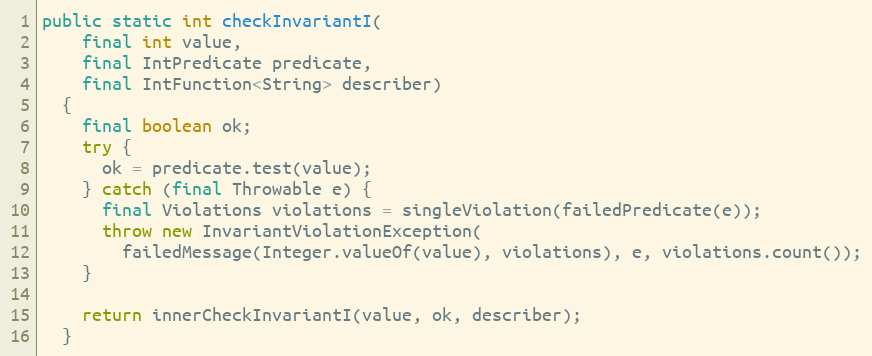
Language: Java
public static int checkInvariantI(
    final int value,
    final IntPredicate predicate,
    final IntFunction<String> describer)
  {
    final boolean ok;
    try {
      ok = predicate.test(value);
    } catch (final Throwable e) {
      final Violations violations = singleViolation(failedPredicate(e));
      throw new InvariantViolationException(
        failedMessage(Integer.valueOf(value), violations), e, violations.count());
    }

    return innerCheckInvariantI(value, ok, describer);
  }